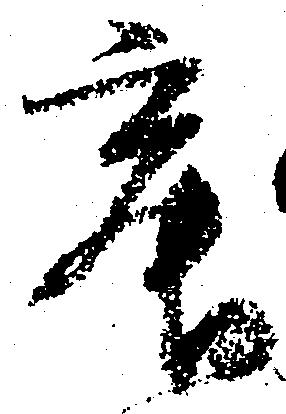
寂